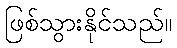
ဖြစ်သွားနိုင်သည်။